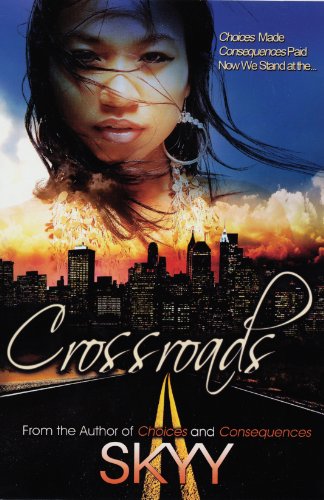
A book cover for Crossroads (Urban Books); Skyy; Literature & Fiction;